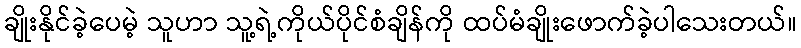
ချိုးနိုင်ခဲ့ပေမဲ့ သူဟာ သူ့ရဲ့ကိုယ်ပိုင်စံချိန်ကို ထပ်မံချိုးဖောက်ခဲ့ပါသေးတယ်။